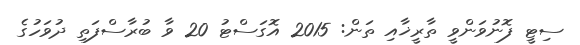
ސިޓީ ފޮނުވަންވީ ތާރީޚާއި ތަން: 2015 އޮގަސްޓު 20 ވާ ބުރާސްފަތި ދުވަހުގެ